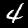
Digit: 4